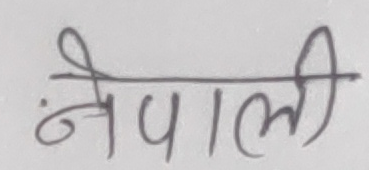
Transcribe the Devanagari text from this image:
नेपाली